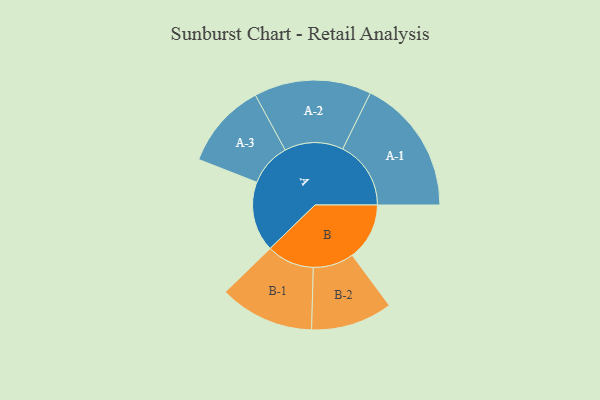
{"axis": {"x": "Segment", "y": "Value"}, "legend": ["", "A", "B"], "data": [{"x": "A", "y": 294, "type": ""}, {"x": "B", "y": 240, "type": ""}, {"x": "A-1", "y": 286, "type": "A"}, {"x": "A-2", "y": 246, "type": "A"}, {"x": "A-3", "y": 180, "type": "A"}, {"x": "B-1", "y": 199, "type": "B"}, {"x": "B-2", "y": 171, "type": "B"}]}